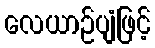
လေယာဉ်ပျံဖြင့်